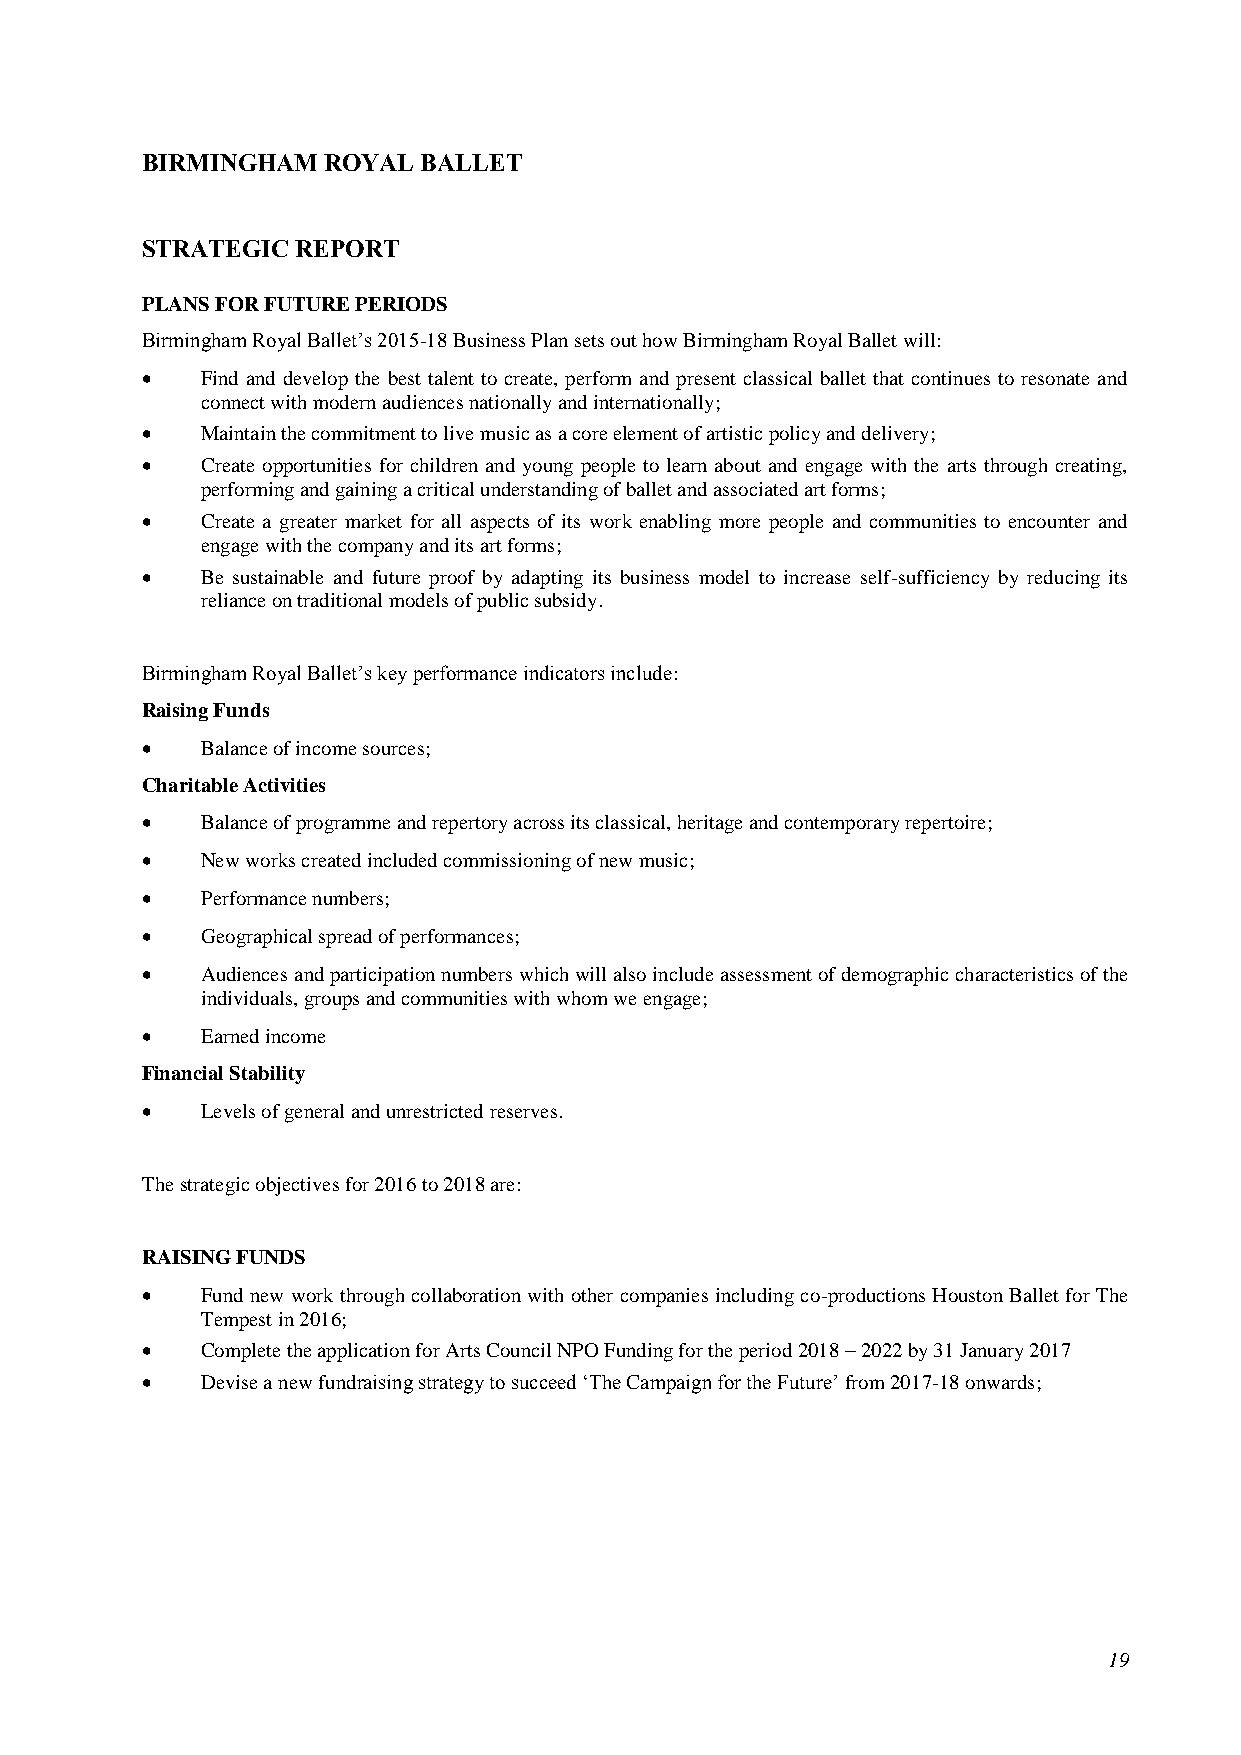
BIRMINGHAM  ROYAL  BALLET
 STRATEGIC  REPORT
 PLANS FOR FUTURE PERIODS
 Birmingham Royal Ballet’s 2015-18 Business Plan sets out how Birmingham Royal Ballet will:
    Find and develop the best talent to create, perform and present classical ballet that continues to resonate and
 connect with modern audiences nationally and internationally;
    Maintain the commitment to live music as a core element of artistic policy and delivery;
    Create opportunities for children and young people to learn about and engage with the arts through creating,
 performing and gaining a critical understanding of ballet and associated art forms;
    Create a greater market for all aspects of its work enabling more people and communities to encounter and
 engage with the company and its art forms;
    Be sustainable and future proof by adapting its business model to increase self-sufficiency by reducing its
 reliance on traditional models of public subsidy.
 Birmingham Royal Ballet’s key performance indicators include:
 Raising Funds
    Balance of income sources;
 Charitable Activities
    Balance of programme and repertory across its classical, heritage and contemporary repertoire;
    New works created included commissioning of new music;
    Performance numbers;
    Geographical spread of performances;
    Audiences and participation numbers which will also include assessment of demographic characteristics of the
 individuals, groups and communities with whom we engage;
    Earned income
 Financial Stability
    Levels of general and unrestricted reserves.
 The strategic objectives for 2016 to 2018 are:
 RAISING FUNDS
    Fund new work through collaboration with other companies including co-productions Houston Ballet for The
 Tempest in 2016;
    Complete the application for Arts Council NPO Funding for the period 2018 – 2022 by 31 January 2017
    Devise a new fundraising strategy to succeed ‘The Campaign for the Future’ from 2017-18 onwards;
 19